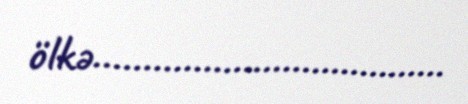
ölkə....................................